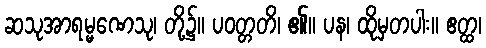
ဆသုအာရမ္မဏေသု၊ တို့၌။ ပဝတ္တတိ၊ ၏။ ပန၊ ထိုမှတပါး။ ဧတ္ထ၊